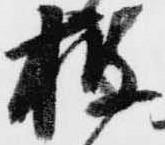
披